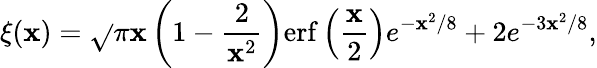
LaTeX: \xi(\mathbf{x})=\sqrt{}{{\pi}}\mathbf{x}\left(1-\frac{{2}}{{\mathbf{x}^{2}}}\right)\mathrm{{erf}}\left(\frac{{\mathbf{x}}}{{2}}\right)e^{-\mathbf{x}^{2}/8}+2e^{-3\mathbf{x}^{2}/8},